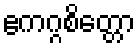
ဧကဂ္ဂစိတ္တော